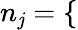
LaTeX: n_{\mathit{j}}=\left\{ \begin{array}{ll}{\begin{array}{rlr}\end{array}}\end{array}\right.